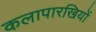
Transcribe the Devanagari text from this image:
कलापारखियों